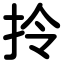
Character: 拎